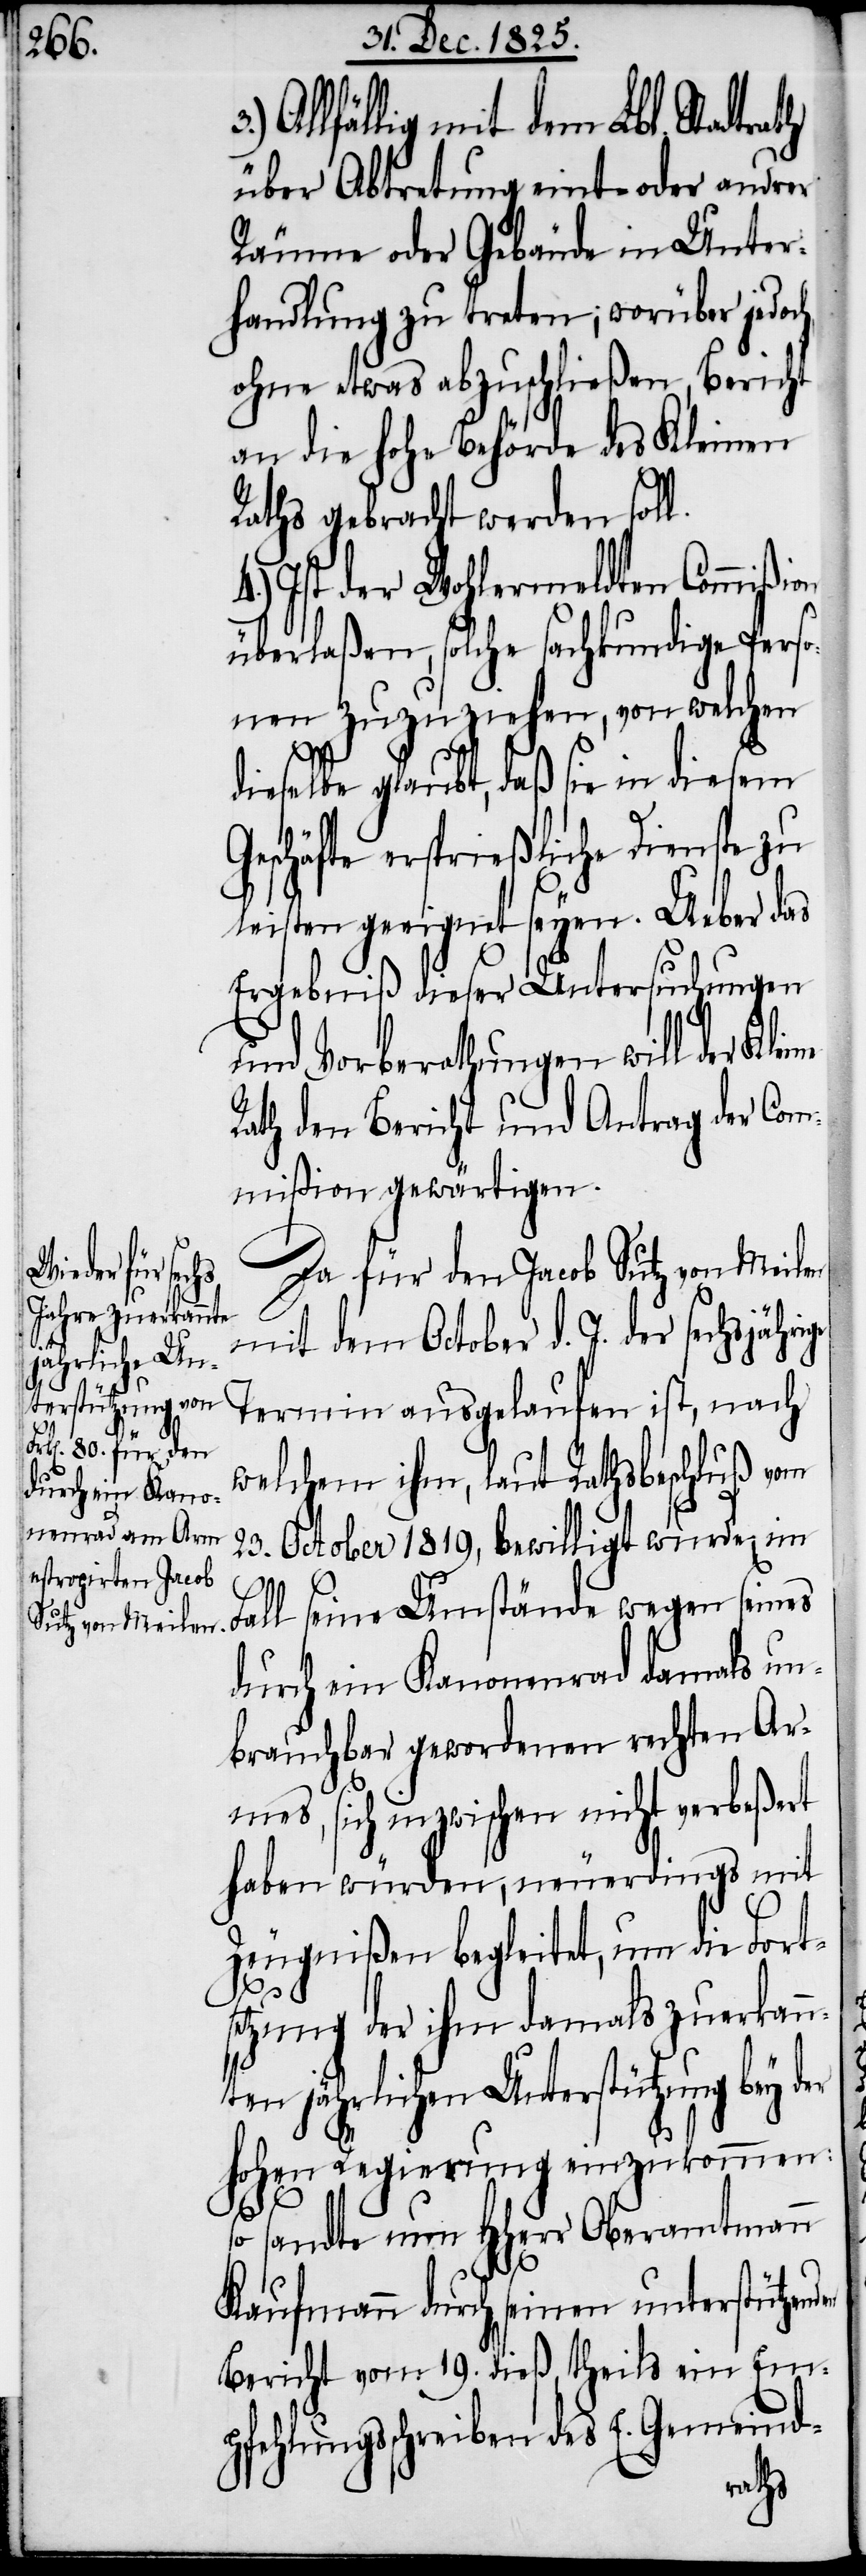
ion
en

Allfällig mit dem Lbl. Stadt¬
über Abtretung eint- oder andrer
Räume oder Gebäude in Unter¬
handlung zu treten; worüber jedoc¬
ohne etwas abzuschließen, Bericht
an die hohe Behörde des Kleinen
Raths gebracht werden soll.
Ist der Wohlermeldten Commiß¬
überlaßen, solche sachkundige Perso¬
nen zuzuziehen, von welchen
dieselbe glaubt, daß sie in diesem
Geschäfte ersprießliche Dienste zu
leisten geeignet seyen. Ueber das
Ergebniß dieser Untersuchungen
und Vorberathungen will der Klei¬
Rath den Bericht und Antrag der Com¬
mißion gewärtigen.
Da für den Jacob Sutz von Meilen
4.)
mit dem October d. J. der sechsjährige
Termin ausgelaufen ist, nach
welchem ihm, laut Rathsbeschluß vom
23. October 1819, bewilligt wurde, im
Fall seine Umstände wegen seines
durch ein Kanonenrad damals un¬
brauchbar gewordenen rechten Ar¬
mes, sich inzwischen nicht verbeßert
haben würden, neuerdings mit
Zeugnißen begleitet, um die Forts¬
etzung der ihm damals zuerkan¬
ten jährlichen Unterstützung bey
hohen Regierung einzukommen:
so sandte nun HHerr Oberamtmann
Kaufmann durch seinen unterstützend¬
Bericht vom 19. dieß, theils ein Em¬
pfehlungsschreiben des E. Gemeind-
rath